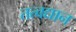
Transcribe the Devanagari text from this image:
तत्वद्यान